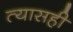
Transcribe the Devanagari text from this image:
त्यासही